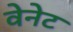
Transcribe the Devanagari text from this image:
वेनेट